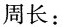
周长：